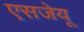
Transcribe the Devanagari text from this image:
एसजेयू